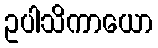
ဥပါသိကာယော